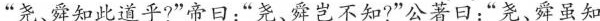
“此尧、舜知此道乎？”帝曰：“尧、舜岂不知？”公著曰：“尧、舜虽知